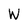
Character: W